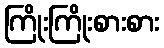
ကြိုးကြိုးစားစား